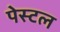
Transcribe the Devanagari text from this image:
पेस्‍टल